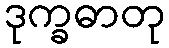
ဒုက္ခဓာတု